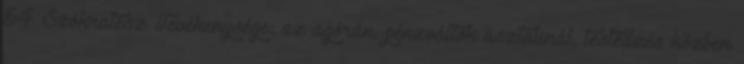
54 Szókratész Tevékenysége: az agórán, pénzváltók asztalinál, testedzés közben